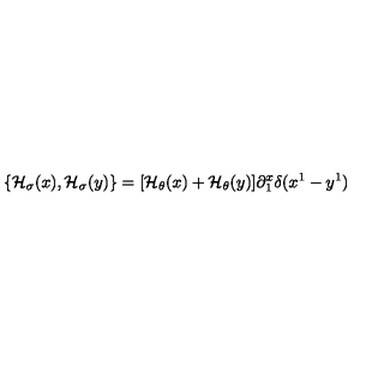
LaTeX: \{ { \cal H } _ { \sigma } ( x ) , { \cal H } _ { \sigma } ( y ) \} = [ { \cal H } _ { \theta } ( x ) + { \cal H } _ { \theta } ( y ) ] \partial _ { 1 } ^ { x } \delta ( x ^ { 1 } - y ^ { 1 } )